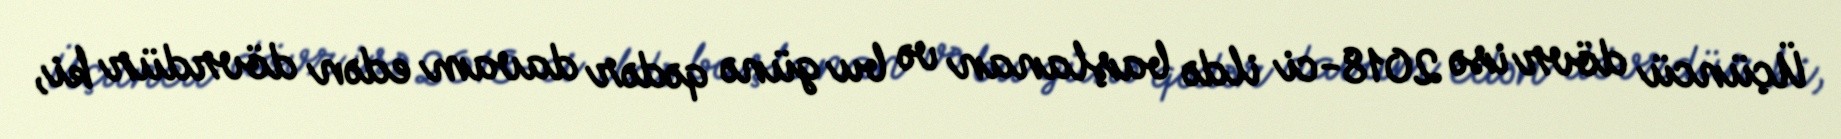
Üçüncü dövr isə 2018-ci ildə başlanan və bu günə qədər davam edən dövrdür ki,